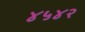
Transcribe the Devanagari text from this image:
४५४२